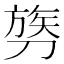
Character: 𫦓